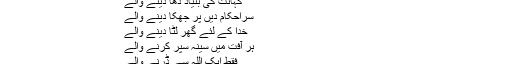
جہالت کی رسمیں مٹا دینے والے
کہانت کی بنیاد ڈھا دینے والے
سراحکام دیں پر جھکا دینے والے
خدا کے لئے گھر لٹا دینے والے
ہر آفت میں سینہ سپر کرنے والے
فقط ایک اللہ سے ڈرنے والے
خیبر میں یہودیوں کی بڑی بڑی بستیاں اور کئی مضبوط قلعے تھے۔